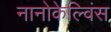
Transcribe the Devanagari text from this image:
नानोकेल्विंस